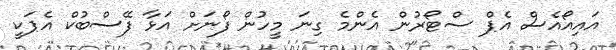
އައިއޯއެސް އެޕް ސްޓޯރުން އެންމެ ގިނަ މީހުން ފޯނަށް އަޅާ ފޭސްބުކް އެޕަކީ